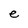
Character: e